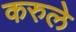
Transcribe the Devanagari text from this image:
करुले